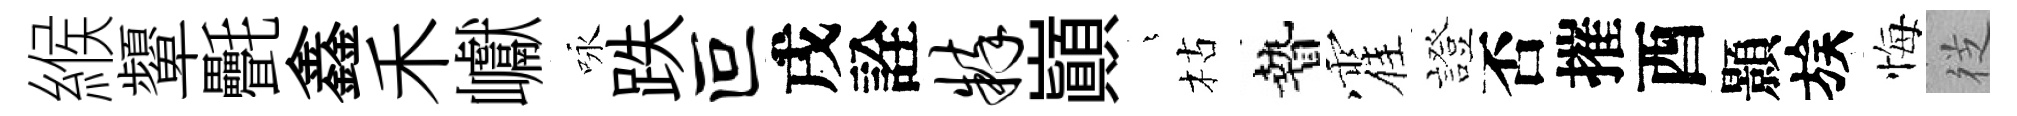
緱顰㲲鑫禾巘咏跌叵戌詮粹巔燁枯贄霍證否摧酉顥族悔徔